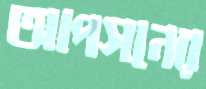
আপসনের